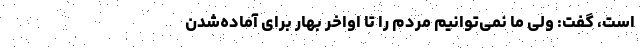
است، گفت: ولی ما نمی‌توانیم مردم را تا اواخر بهار برای آماده‌شدن